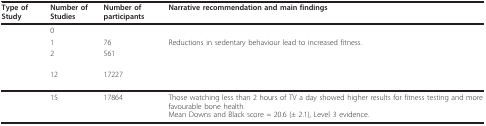
<table><thead><tr><td><b>Type of Study</b></td><td><b>Number of Studies</b></td><td><b>Number of participants</b></td><td><b>Narrative recommendation and main findings</b></td></tr></thead><tbody><tr><td>[EMPTY_CELL]</td><td>0</td><td>[EMPTY_CELL]</td><td>[EMPTY_CELL]</td></tr><tr><td>[EMPTY_CELL]</td><td>1</td><td>76</td><td>Reductions in sedentary behaviour lead to increased fitness.</td></tr><tr><td>[EMPTY_CELL]</td><td>2</td><td>561</td><td>[EMPTY_CELL]</td></tr><tr><td>[EMPTY_CELL]</td><td>12</td><td>17227</td><td>[EMPTY_CELL]</td></tr><tr><td>[EMPTY_CELL]</td><td>15</td><td>17864</td><td>Those watching less than 2 hours of TV a day showed higher results for fitness testing and more favourable bone health.Mean Downs and Black score = 20.6 (± 2.1), Level 3 evidence.</td></tr></tbody></table>